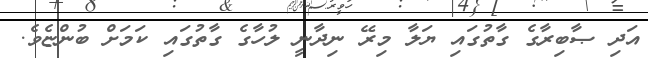
އަދި ޞާބިރާގެ ގާތުގައި ޔަލާ މިރޭ ނިދާނީ ލުހާގެ ގާތުގައި ކަމަށް ބުންޏެވެ.